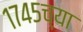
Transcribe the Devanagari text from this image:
१७४५च्या